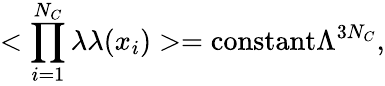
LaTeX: <\prod_{i=1}^{N_{C}}\lambda\lambda(x_{i})>=\mathrm{constant}\Lambda^{3N_{C}},